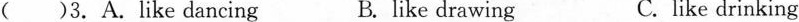
( )3.A.Like dancing B. like drawing C. like drinking